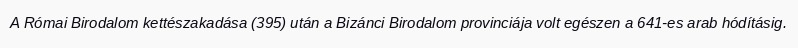
A Római Birodalom kettészakadása (395) után a Bizánci Birodalom provinciája volt egészen a 641-es arab hódításig.